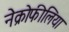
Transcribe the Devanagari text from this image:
नेक्रोफीलिया